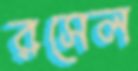
রসেল